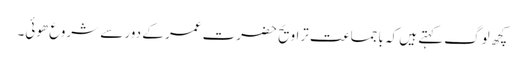
کچھ لوگ کہتے ہیں کہ باجماعت تراویح حضرت عمر کے دور سے شروع ھوئی۔